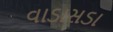
વાડાસડા